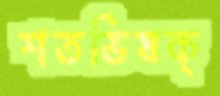
শতভিষক্‌